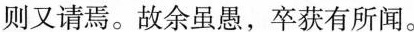
则又请焉。故余虽愚，卒获有所闻。